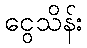
ငွေသိန်း